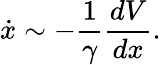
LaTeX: \dot{x}\sim-\frac{1}{\gamma}\frac{dV}{dx}.